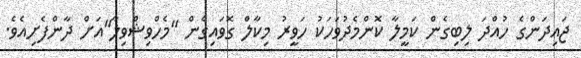
ޖައިދަންގެ ހުއްދަ ލިބިގެން ކަމީލާ ކޮންމެދުވަހަކު ހަވީރު މިކާލް ގޮވައިގެން "މެހްވިޝްވިލާ"އަށް ދާންފެށިއެވެ.